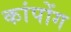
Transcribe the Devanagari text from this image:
कांपोंग